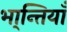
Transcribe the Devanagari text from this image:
भा्न्तियाँ